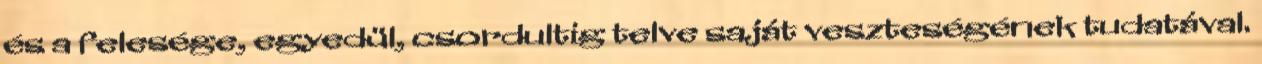
és a felesége, egyedül, csordultig telve saját veszteségének tudatával.